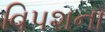
વિપશના